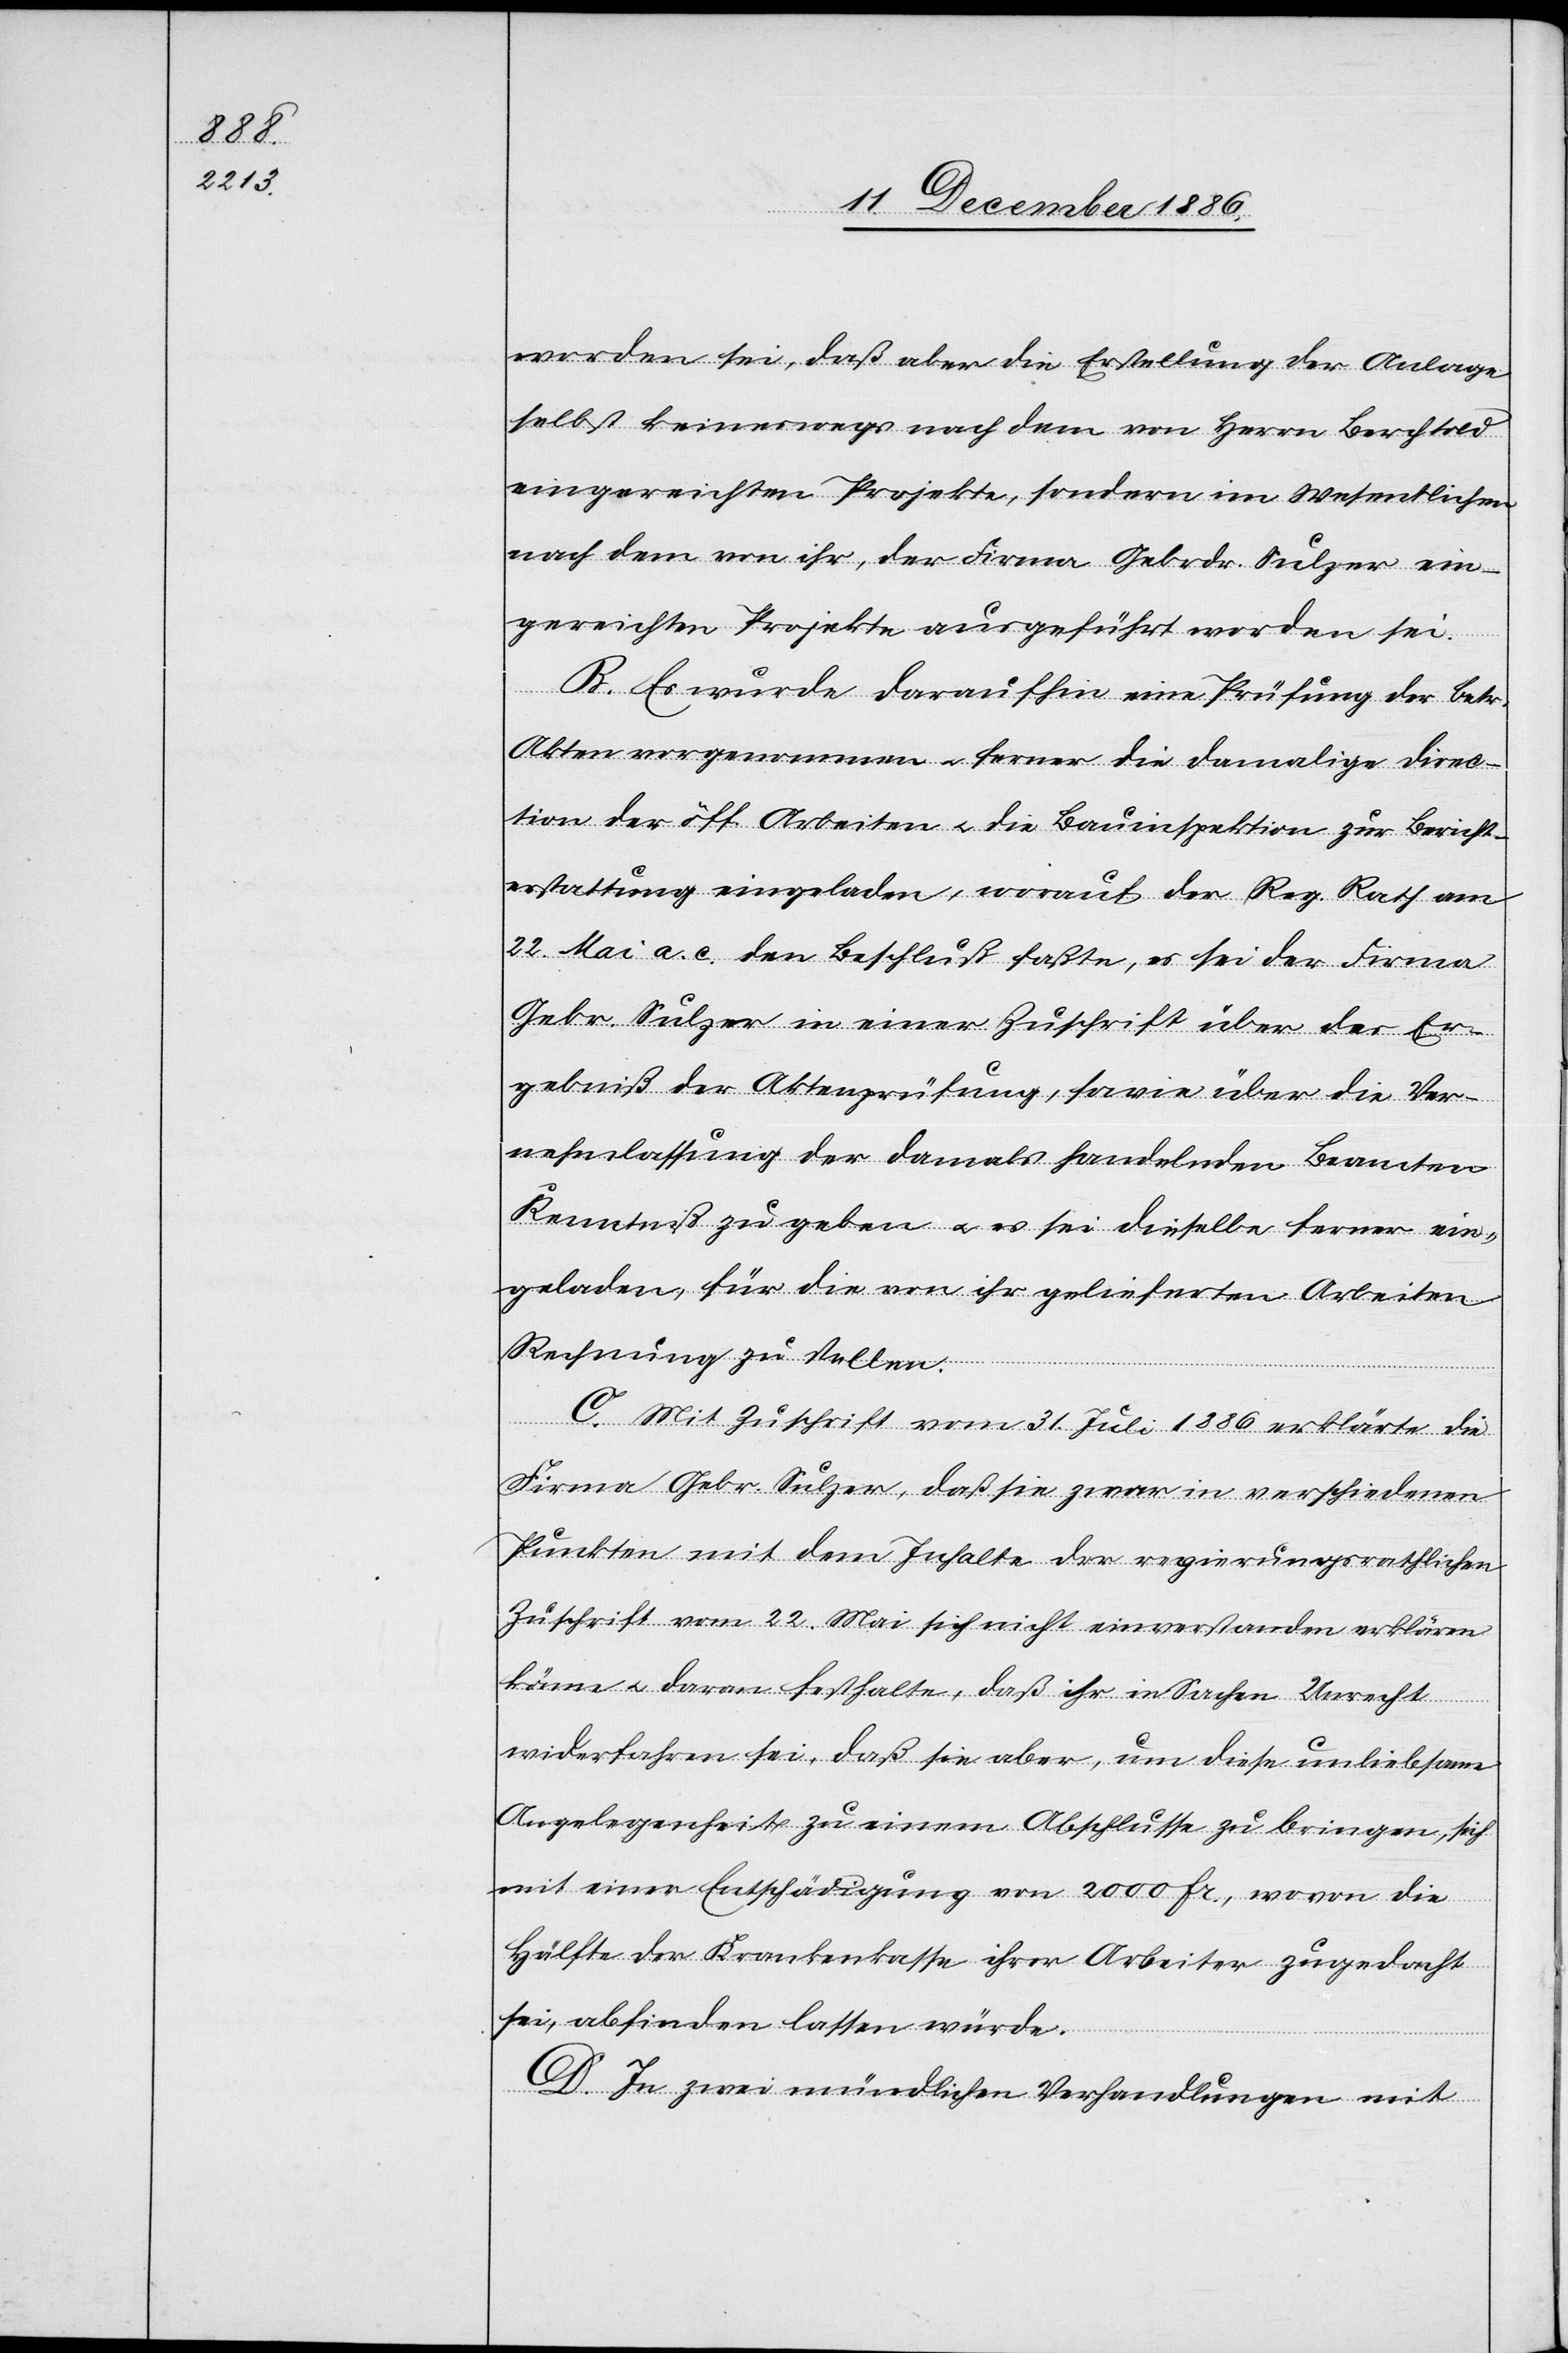
worden sei, daß aber die Erstellung der Anlage
selbst keineswegs nach dem von Herrn Berchtold
eingereichten Projekte, sondern im Wesentlichen
nach dem von ihr, der Firma Gebrdr. Sulzer ein¬
gereichten Projekte ausgeführt worden sei.
B. Es wurde daraufhin eine Prüfung der betr.
Akten vorgenommen & ferner die damalige Direc¬
tion der öff. Arbeiten & die Bauinspektion zur Bericht¬
erstattung eingeladen, worauf der Reg. Rath am
22. Mai a. c. den Beschluß faßte, es sei der Firma
Gebr. Sulzer in einer Zuschrift über das Er¬
gebniß der Aktenprüfung, sowie über die Ver¬
nehmlassung der damals handelnden Beamten
Kenntniß zu geben & es sei dieselbe ferner ein¬
geladen, für die von ihr gelieferten Arbeiten
Rechnung zu stellen.
C. Mit Zuschrift vom 31. Juli 1886 erklärte die
Firma Gebr. Sulzer, daß sie zwar in verschiedenen
Punkten mit dem Inhalte der regierungsrathlichen
Zuschrift vom 22. Mai sich nicht einverstanden erklären
könne & daran festhalte, daß ihr in Sachen Unrecht
widerfahren sei, daß sie aber, um diese unliebsame
Angelegenheit zu einem Abschlusse zu bringen, sich
mit einer Entschädigung von 2000 Fr., wovon die
Hälfte der Krankenkasse ihrer Arbeiter zugedacht
sei, abfinden lassen würde.
D. In zwei mündlichen Verhandlungen mit